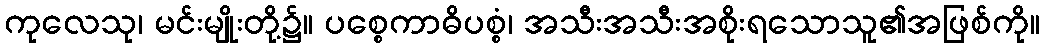
ကုလေသု၊ မင်းမျိုးတို့၌။ ပစ္စေကာဓိပစ္စံ၊ အသီးအသီးအစိုးရသောသူ၏အဖြစ်ကို။